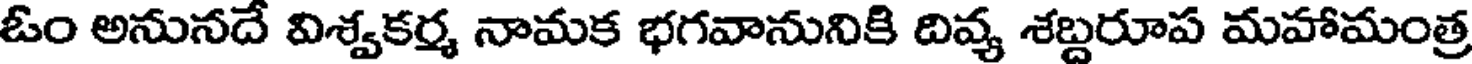
ఓం అనునదే విశ్వకర్మ నామక భగవానునికి దివ్య శబ్దరూప మహామంత్ర